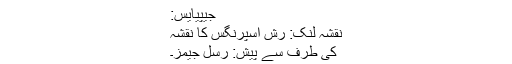
جیپیایس:
نقشہ لنک: رش اسپرنگس کا نقشہ
کی طرف سے پیش: رسل جیمز۔